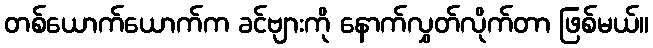
တစ်ယောက်ယောက်က ခင်ဗျားကို နောက်လွှတ်လိုက်တာ ဖြစ်မယ်။